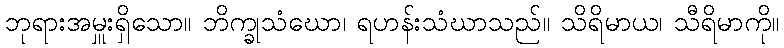
ဘုရားအမှူးရှိသော။ ဘိက္ခုသံဃော၊ ရဟန်းသံဃာသည်။ သိရိမာယ၊ သီရိမာကို။